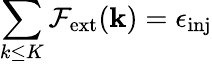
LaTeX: \sum_{k\le K}\mathcal{F}_{\mathrm{ext}}({\mathbf k})=\epsilon_{\mathrm{inj}}